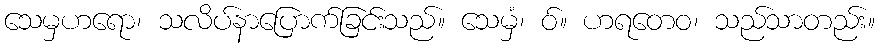
သေမှဟရော၊ သလိပ်နာပြောက်ခြင်းသည်။ သေမှံ၊ ဝ်။ ဟရတေဝ၊ သည်သာတည်း။